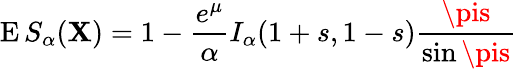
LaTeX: \operatorname{E}S_{\alpha}(\mathbf{X})=1-{\frac{{e^{\mu}}}{{\alpha}}}I_{\alpha}(1+s,1-s){\frac{{\pis}}{{\sin\pis}}}